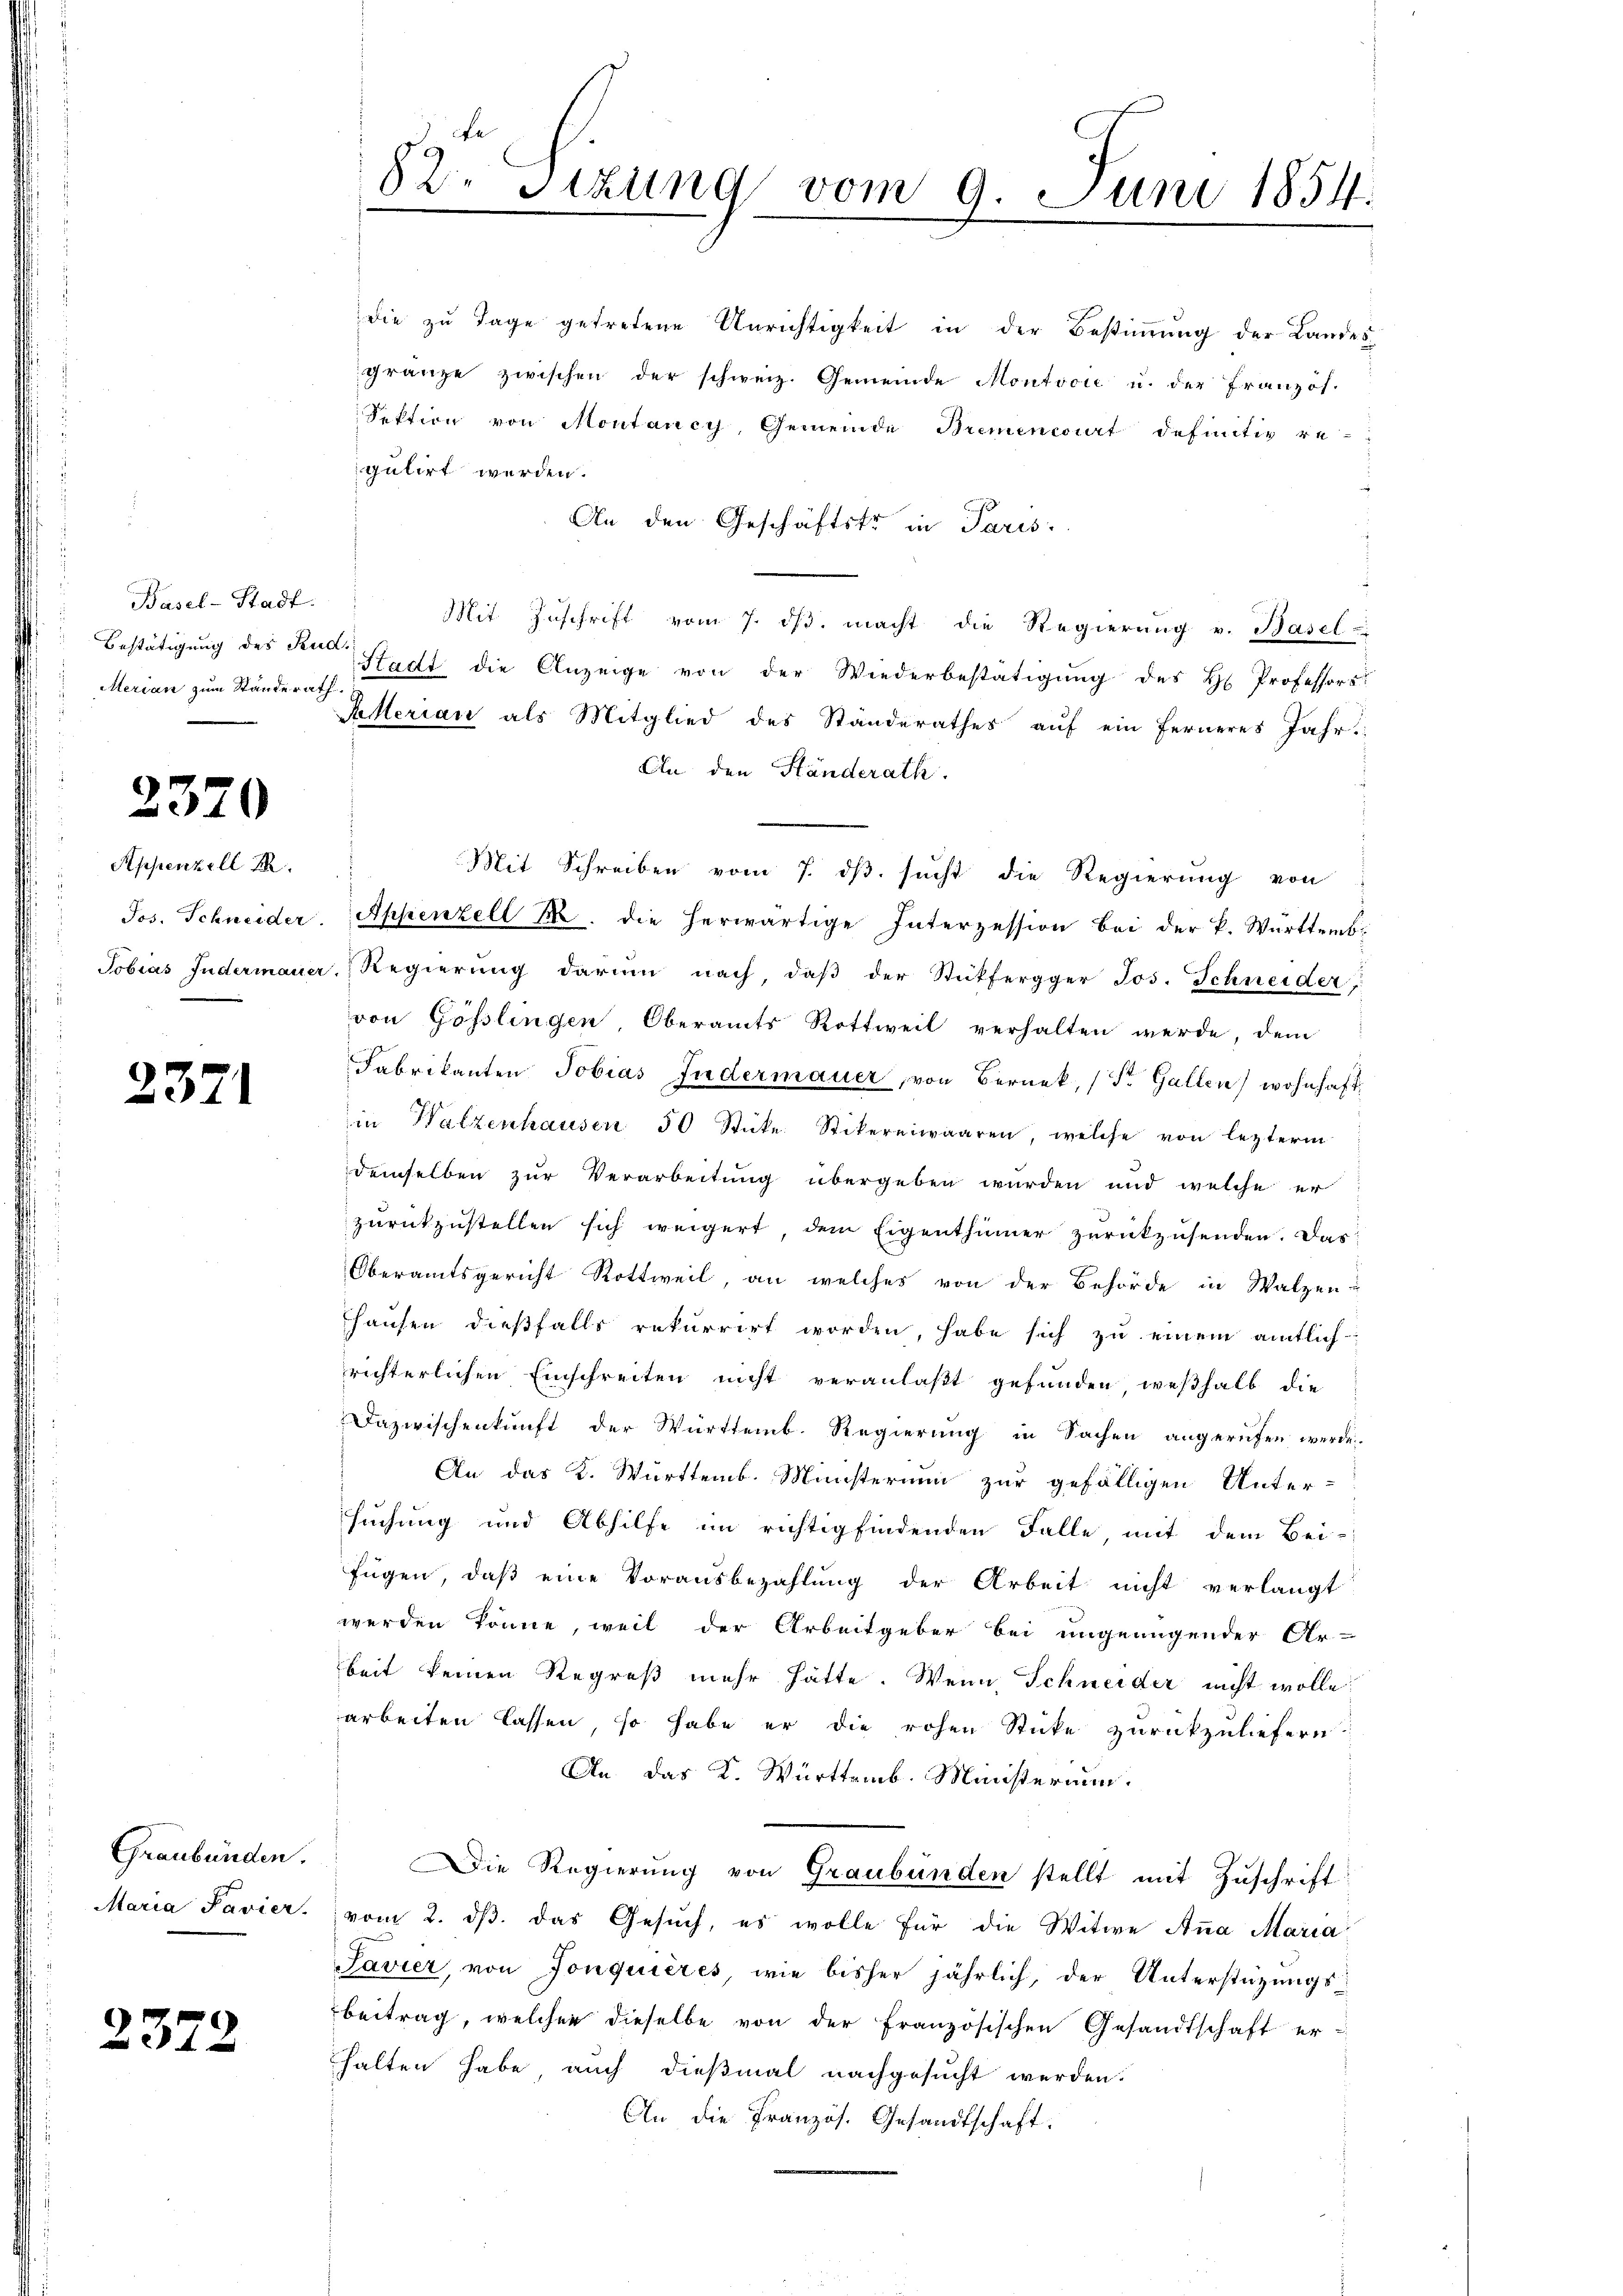
Basel-Stadt.
Bestätigung des Rud.
Merian zum Standerath

2370

Appenzell I.

2371

Graubünden.

2372

die zu Tage getretene Unrichtigkeit in der Bestiṁŭng der Landes-
gränze zwischen der schweiz. Gemeinde Montooi u. der Französ.
Sektion von Montancy, Gemeinde Bremenciat definitiv re-
gulirt werden.
An den Geschäftstr in Paris.
Mit Zuschrift vom 7. dβ. macht die Regierung v. Basel-
Stadt die Anzeige von der Wiederbestätigung des H Professors
Alterian als Mitglied des Standerathes auf ein ferneres Jahr
An den Ständerath
Mit Schreiben vom 7. ds sucht die Regierung von
Jos. Schneider. Appenzell M. die herwärtige Interzession bei der k. Württemb.
Tobias Indermauer, Regierung darum nach, daß der Stückfergger Jos. Schneider,
von Gösslingen, Oberamts Rottweil verhalten werde, dem
Fabrikanten Tobias Indermauer, von Bernek, (St. Gallen wohnhaft
in Walzenhausen 50 Stücke Stikereiwaaren, welche von lezterm
demselben zur Verarbeitung übergeben wurden und welche er
zurückzustellen sich weigert, dem Eigenthümer zurückzusenden. Das
Oberamtsgericht Rottweil, an welches von der Behörde in Walzen-
hausen dießfalls rekurrirt worden, habe sich zu einem amtlich
richterlichen Einschreiten nicht veranlaßt gefunden, weßhalb die
Dazwischenkunft der Württemb. Regierung in Sachen angerufen werde.
An das K. Württemb. Ministerium zur gefälligen Unter-
suchung und Abhilfe im richtig findenden Falle, mit dem Bei-
fügen, daß eine Vorausbezahlung der Arbeit nicht verlangt
werden könne, weil der Arbeitgeber bei ungenügender Ar-
beit keinen Regreß mehr hätte. Wenn Schneider nicht wolle;
arbeiten lassen, so habe er die rohen Sticke zurückzuliefern.
An das K. Württemb. Ministerium.
Die Regierung von Graubünden stellt mit Zuschrift
Maria Pavier vom 2. dβ das Gesuch, es wolle für die Witwe Anna Maria
Savier, von Jonquières wie bisher jährlich, der Unterstüzungsbeitrag, welcher dieselbe von der französischen Gesandtschaft er-
halten habe, auch dießmal nachgesucht werden.
An die Französ. Gesandtschaft.

82. Sizung vom 9. Juni 1854.